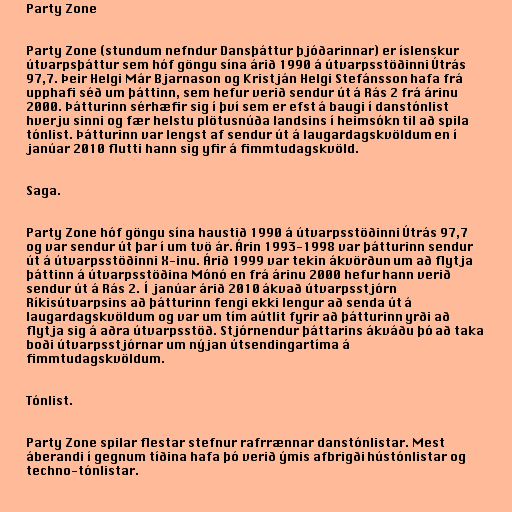
Party Zone

Party Zone (stundum nefndur Dansþáttur þjóðarinnar) er íslenskur
útvarpsþáttur sem hóf göngu sína árið 1990 á útvarpsstöðinni Útrás
97,7. Þeir Helgi Már Bjarnason og Kristján Helgi Stefánsson hafa frá
upphafi séð um þáttinn, sem hefur verið sendur út á Rás 2 frá árinu
2000. Þátturinn sérhæfir sig í því sem er efst á baugi í danstónlist
hverju sinni og fær helstu plötusnúða landsins í heimsókn til að spila
tónlist. Þátturinn var lengst af sendur út á laugardagskvöldum en í
janúar 2010 flutti hann sig yfir á fimmtudagskvöld.

Saga.

Party Zone hóf göngu sína haustið 1990 á útvarpsstöðinni Útrás 97,7
og var sendur út þar í um tvö ár. Árin 1993-1998 var þátturinn sendur
út á útvarpsstöðinni X-inu. Árið 1999 var tekin ákvörðun um að flytja
þáttinn á útvarpsstöðina Mónó en frá árinu 2000 hefur hann verið
sendur út á Rás 2. Í janúar árið 2010 ákvað útvarpsstjórn
Ríkisútvarpsins að þátturinn fengi ekki lengur að senda út á
laugardagskvöldum og var um tím aútlit fyrir að þátturinn yrði að
flytja sig á aðra útvarpsstöð. Stjórnendur þáttarins ákváðu þó að taka
boði útvarpsstjórnar um nýjan útsendingartíma á
fimmtudagskvöldum.

Tónlist.

Party Zone spilar flestar stefnur rafrrænnar danstónlistar. Mest
áberandi í gegnum tíðina hafa þó verið ýmis afbrigði hústónlistar og
techno-tónlistar.